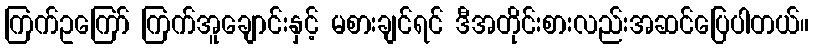
ကြက်ဥကြော် ကြက်အူချောင်းနှင့် မစားချင်ရင် ဒီအတိုင်းစားလည်းအဆင်ပြေပါတယ်။